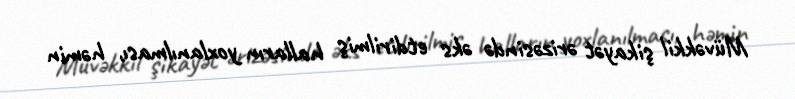
Müvəkkil şikayət ərizəsində əks etdirilmiş halların yoxlanılması, həmin